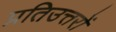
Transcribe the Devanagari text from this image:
प्रतिउत्तरों